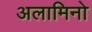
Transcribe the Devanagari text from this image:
अलामिनो